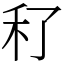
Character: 䄦